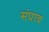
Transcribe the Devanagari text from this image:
संघाच